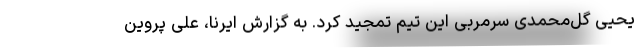
یحیی گل‌محمدی سرمربی این تیم تمجید کرد. به گزارش ایرنا، علی پروین